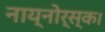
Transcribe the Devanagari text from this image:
नाय्नोर्स्क।